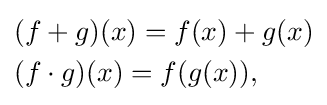
{\begin{aligned}&(f+g)(x)=f(x)+g(x)\\&(f\cdot g)(x)=f(g(x)),\end{aligned}}